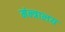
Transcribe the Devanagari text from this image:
मंन्त्रालय